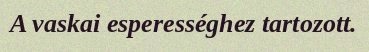
A vaskai esperességhez tartozott.